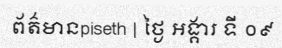
ព័ត៌មានpiseth | ថ្ងៃ អង្គារ ទី ០៩